system: You are a helpful assistant.
user:
Analyze the provided spectrum to determine if it is a **"Cataclysmic Variables (CV)"**.

- **Key Indicators for CV (Check for either state):**
    - **State 1: Quiescent / Low-State (Emission-Dominated)**
        - **(Primary):** Strong and *very broad* Hydrogen Balmer emission lines (e.g., $H\alpha$ at 6563 Å, $H\beta$ at 4861 Å). The 'broadness' (high velocity dispersion, often FWHM > 1000 km/s) is the key diagnostic, indicating a high-velocity accretion disk.
        - **(Secondary):** Broad neutral Helium (He I) emission lines (e.g., 5876 Å, 6678 Å).
        - **(Key Confirmation):** Presence of high-excitation *ionized* Helium (He II) emission at 4686 Å. This is a strong indicator of accretion onto a white dwarf.
        - **(Line Profile):** Emission lines may exhibit a 'double-peaked' profile, which is a classic signature of a rotating accretion disk viewed at high inclination.

    - **State 2: Outburst / High-State (Absorption-Dominated)**
        - **(Primary):** Spectrum is dominated by a bright, blue continuum (looks like a hot star).
        - **(Secondary):** The emission lines from State 1 are weak, absent, or 'filled in', and are replaced by broad, shallow *absorption* lines (primarily Balmer and He I).
        - **(Morphology):** The overall spectrum mimics a hot B/A-type star. The crucial difference is that the absorption lines are significantly broader, shallower, and more 'washed-out' (or 'smeared') than the sharp lines of a normal stellar photosphere, due to high rotational speeds and pressure broadening in the disk.

Think first, call **spectral_visualization_tool** if needed to examine features in detail, then provide your final answer. Your response must adhere to the following strict rules:
1.  **Overall Structure:** Your response must follow the format `<think>...</think> <tool_call>...</tool_call> (if a tool is used) <answer>...</answer>`.
2.  **Tool Usage Constraint:** You may only make **one** tool call per turn.
3.  **Final Answer Format:** In the `<answer>` tag, your conclusion must be inside a `\boxed{}` command (e.g., `\boxed{YES}`), followed by your justification.

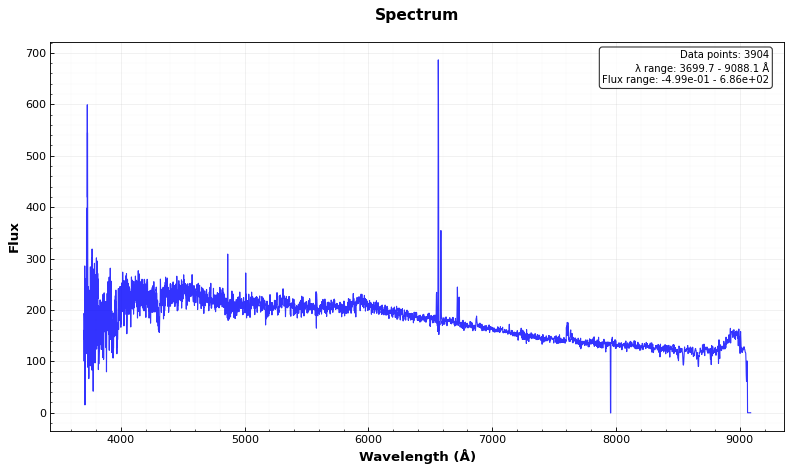
Answer: NO